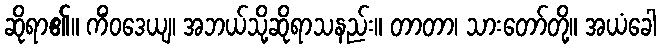
ဆိုရာ၏။ ကိံဝဒေယျ၊ အဘယ်သို့ဆိုရာသနည်း။ တာတာ၊ သားတော်တို့။ အယံခေါ